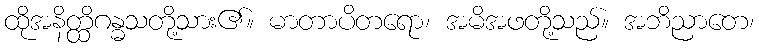
ထိုအနိတ္ထိဂန္ဓသတို့သား၏။ မာတာပိတရော၊ အမိအဖတို့သည်။ အဘိညာတေ၊